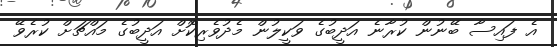
އެ ފައިސާ ބޭނުން ކުރާނެ އަދީބުގެ ވަކީލުން މެދުވެެރިކޮށް އަދީބުގެ މައްޗަށް ކުރެވޭ